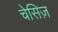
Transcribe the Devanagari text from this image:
चेसिज़